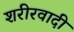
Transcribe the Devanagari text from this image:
शरीरवादी